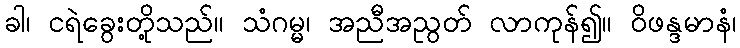
ခါ၊ ငရဲခွေးတို့သည်။ သံဂမ္မ၊ အညီအညွတ် လာကုန်၍။ ဝိဖန္ဒမာနံ၊